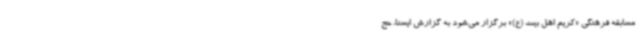
مسابقه فرهنگی «کریم اهل بیت (ع)» برگزار می‌شود به گزارش ایسنا، حج